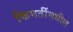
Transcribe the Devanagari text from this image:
किमतींमधील